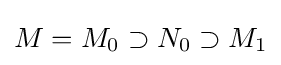
M=M_{0}\supset N_{0}\supset M_{1}